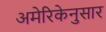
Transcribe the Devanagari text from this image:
अमेरिकेनुसार